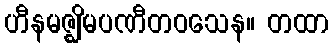
ဟီနမဇ္ဈိမပဏီတဝသေန။ တထာ